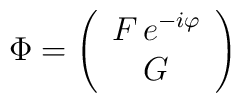
\Phi = \left(\begin{array}{c}                         F  \, e^{-i\varphi}\\                         G          \end{array} \right)